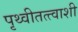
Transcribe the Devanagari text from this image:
पृथ्वीतत्त्वाशी